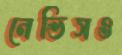
নেভিসও